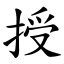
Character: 授